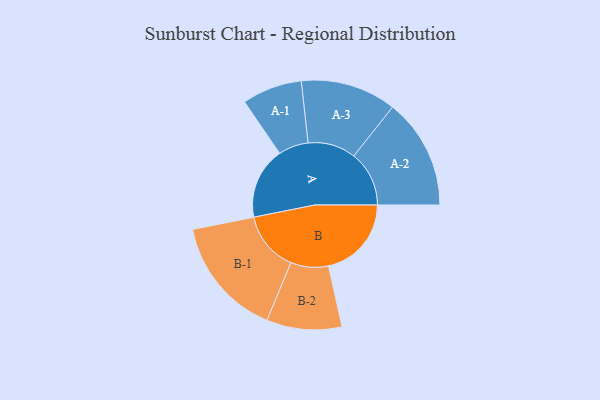
{"axis": {"x": "Segment", "y": "Value"}, "legend": ["", "A", "B"], "data": [{"x": "A", "y": 329, "type": ""}, {"x": "B", "y": 381, "type": ""}, {"x": "A-1", "y": 138, "type": "A"}, {"x": "A-2", "y": 254, "type": "A"}, {"x": "A-3", "y": 220, "type": "A"}, {"x": "B-1", "y": 276, "type": "B"}, {"x": "B-2", "y": 173, "type": "B"}]}